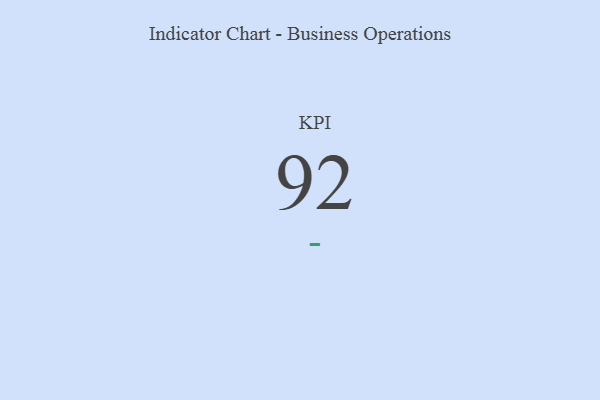
{"axis": {"x": "KPI", "y": "Value"}, "legend": [""], "data": [{"x": "KPI", "y": 92, "type": ""}]}